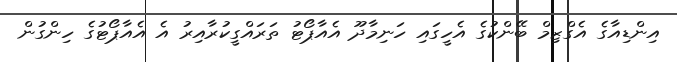
އިންޑިއާގެ އެގްޒިމް ބޭންކުގެ އެހީގައި ހަނިމާދޫ އެއާޕޯޓު ތަރައްގީކުރާއިރު އެ އެއާޕޯޓުގެ ހިންގުން